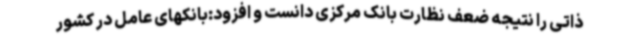
ذاتی را نتیجه ضعف نظارت بانک مرکزی دانست و افزود:بانکهای عامل در کشور